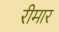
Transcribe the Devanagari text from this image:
रीमार